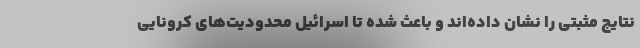
نتایج مثبتی را نشان داده‌اند و باعث شده تا اسرائیل محدودیت‌های کرونایی